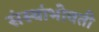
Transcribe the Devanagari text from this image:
संस्थांभोवती